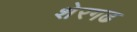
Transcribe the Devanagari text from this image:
शेरगढ